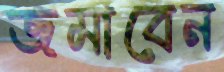
জমাবেন